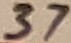
Text: 37